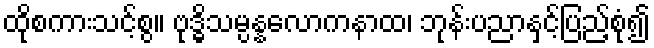
ထိုစကားသင့်စွ။ ဗုဒ္ဓိသမ္ပန္နလောကနာထ၊ ဘုန်းပညာနှင့်ပြည့်စုံ၍